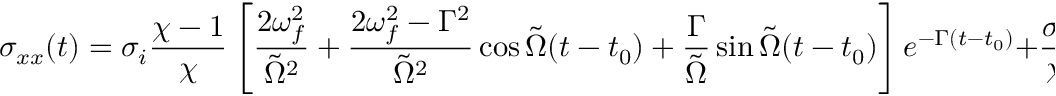
\sigma _ { x x } ( t ) = \sigma _ { i } \frac { \chi - 1 } { \chi } \left[ \frac { 2 \omega _ { f } ^ { 2 } } { \tilde { \Omega } ^ { 2 } } + \frac { 2 \omega _ { f } ^ { 2 } - \Gamma ^ { 2 } } { \tilde { \Omega } ^ { 2 } } \cos \tilde { \Omega } ( t - t _ { 0 } ) + \frac { \Gamma } { \tilde { \Omega } } \sin \tilde { \Omega } ( t - t _ { 0 } ) \right] e ^ { - \Gamma ( t - t _ { 0 } ) } + \frac { \sigma _ { i } } { \chi } \, ,